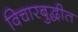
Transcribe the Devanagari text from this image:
विचारबुद्धीत